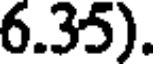
6.35).